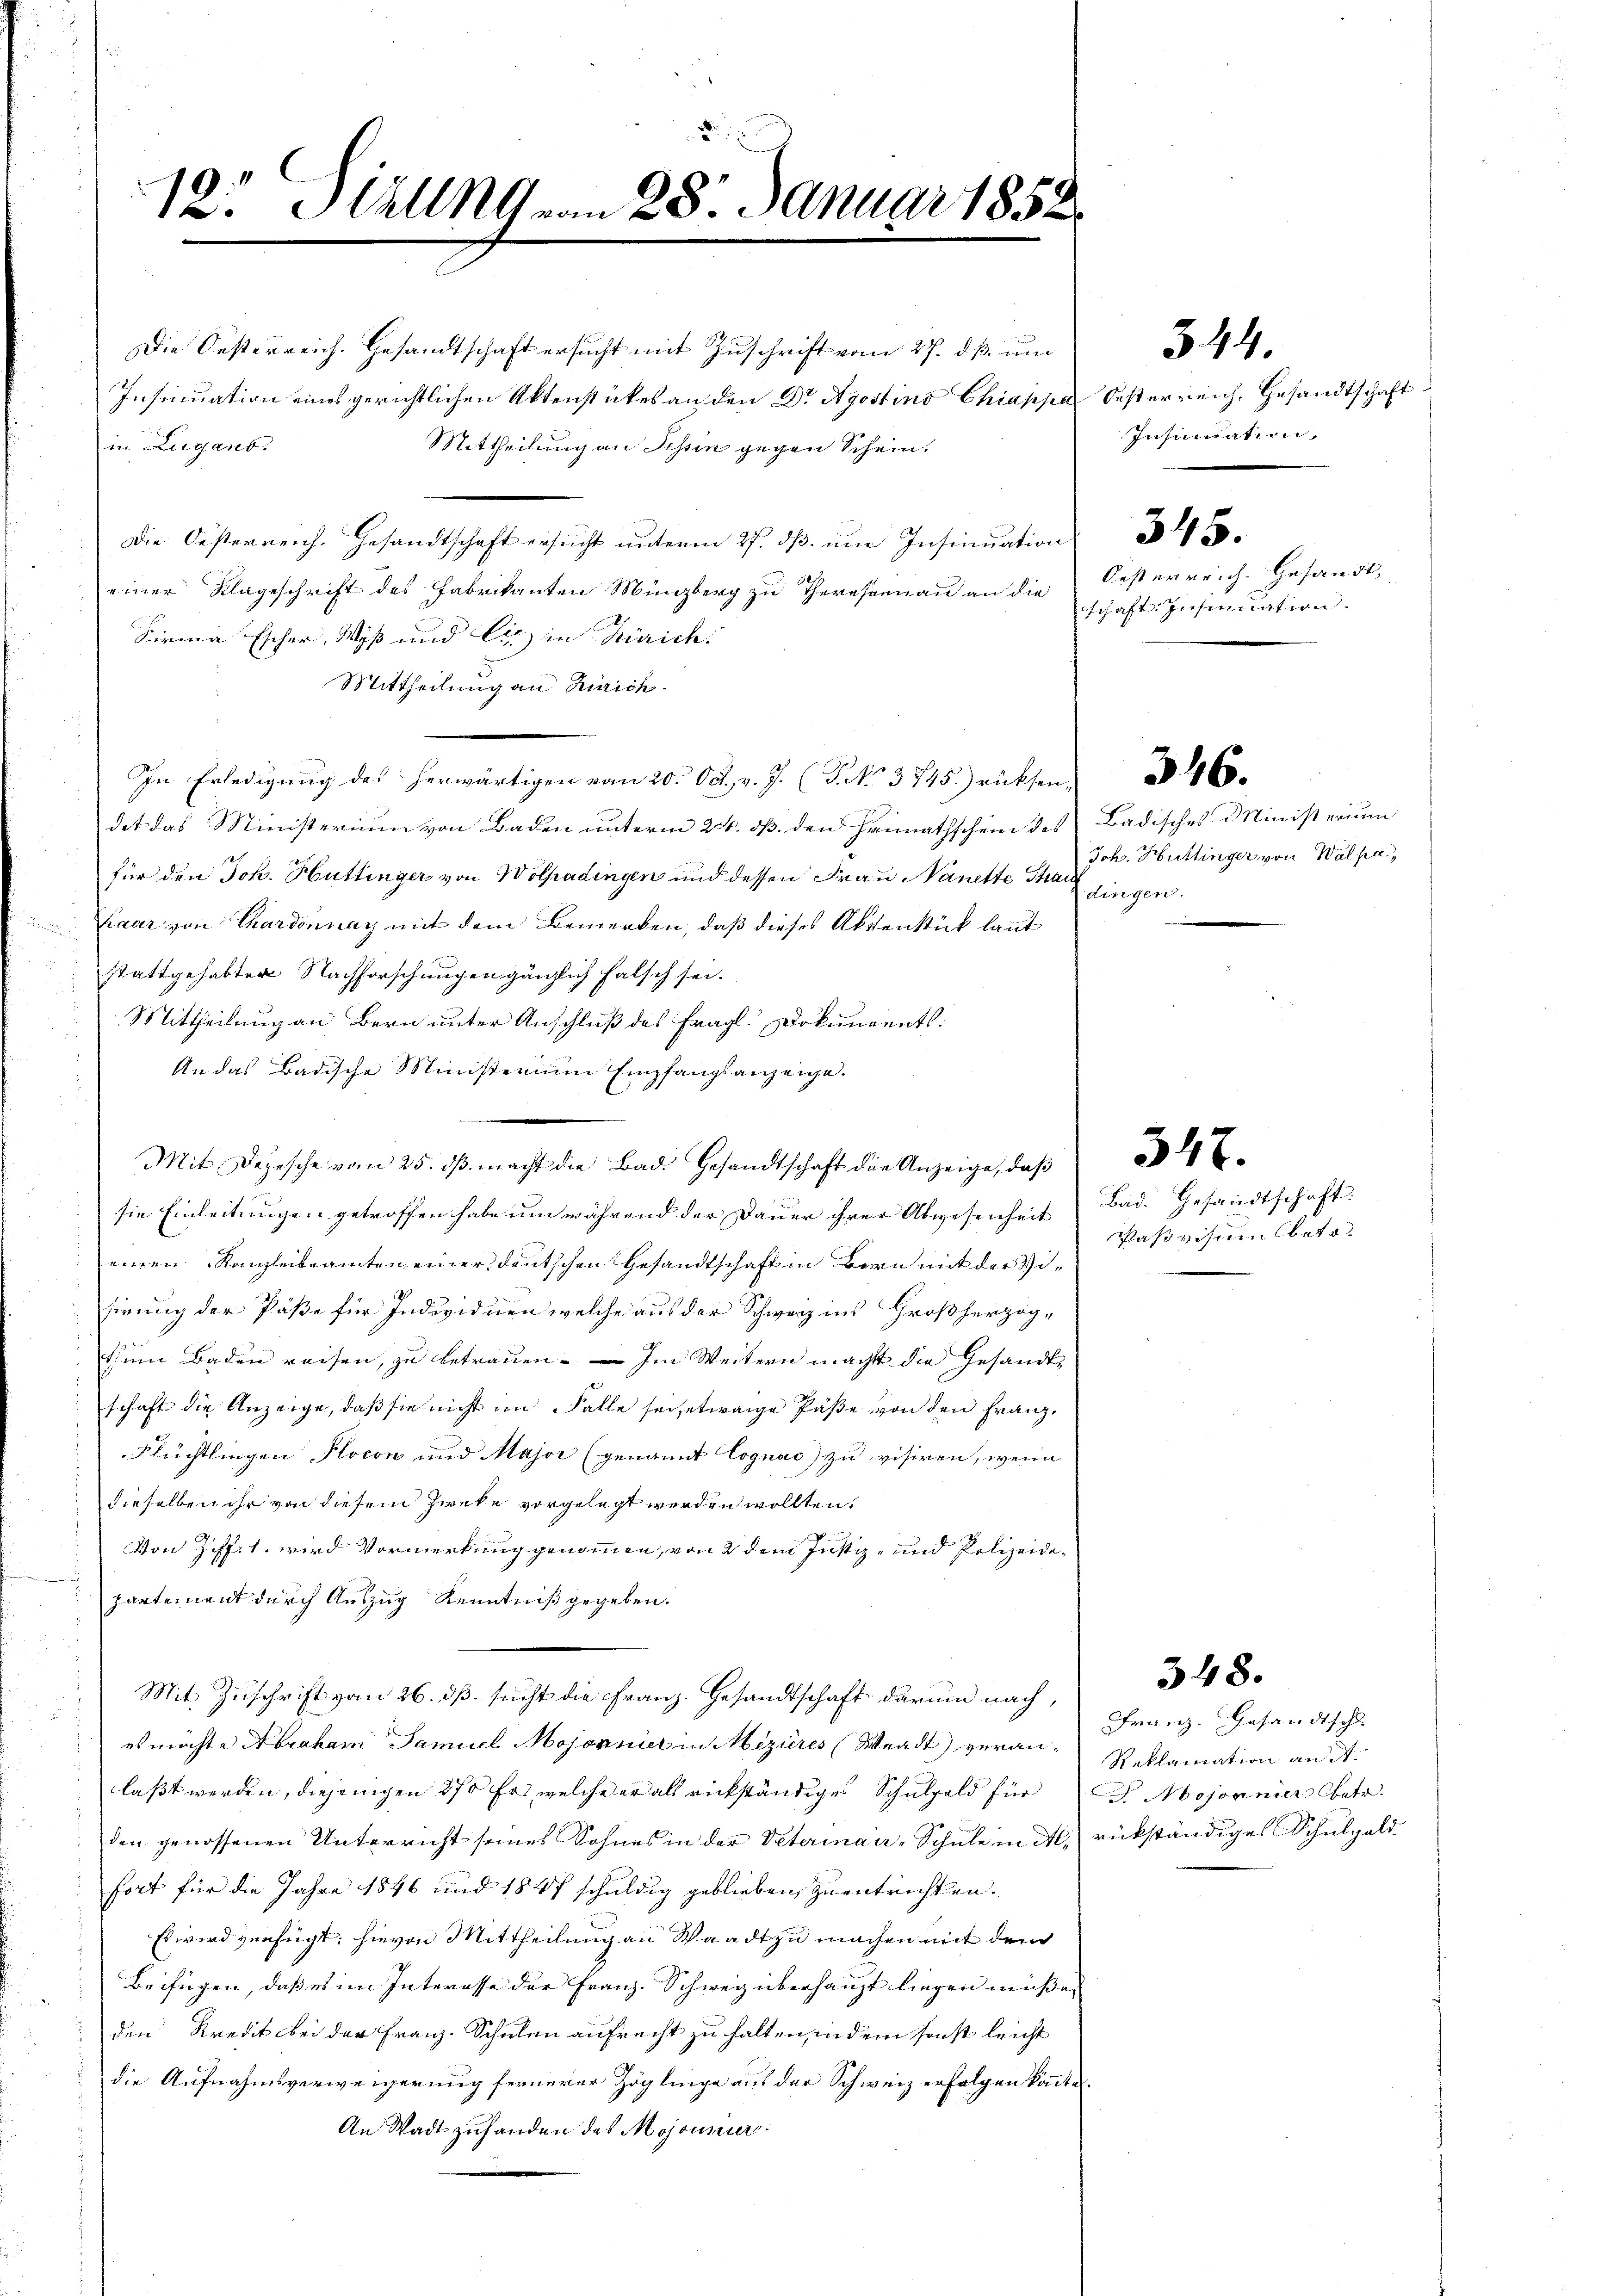
12. AllRG von 28. Januar 1858.

Insinuation eines gerichtlichen Aktenstückes an den Dr Apostins Chiappa Oesterreich, Gesandtschaft
Mittheilung an Tessin gegen Schein.
Die Oesterreich. Gesandtschaft ersŭcht ŭnterm 27. dβ ŭm Insinuation d
einer Klageschrift des Fabrikanten Münzberg zu Theressenau an die
Firma Escher, Wyß und Cie in Zürich:
Mittheilung an Zürich.
In Erledigung des herwärtigen vom 20. Oct. v. J. (T. No 3745. rücksen
det das Ministerium von Baden unterm 24. dß den Heimathschein des Badisches Ministerium
für den Joh. Hüttinger von Wolhadingen und dessen Frau Nanette Thauhaar von Chardonnay mit dem Bemerken, daß dieses Aktenstück laut
stattgehabten Nachforschungen gänzlich falsch sei.
Mittheilung an Bern unter Anschluß des fragl. Dokuments.
An das Badische Ministerium Empfangsanzeige.
sie Einleitungen getroffen habe um während der Dauer ihrer Abwesenheit
einen Kanzleibeamten einer deutschen Gesandtschaft in Bern mit der Visirung der Paße für Individuen welche aus der Schweiz ins Großherzog-
tum Baden reisen, zu betrauen. — Im Weitern macht die Gesandtschaft die Anzeige, daß sie nicht im Falle sei etwaige Päße von den Franz¬
Flüchtlingen Plocon und Major (genannt Cognać) zu visiren, wenn
dieselben ihr von diesem Zwecke vorgelegt werden wollten.
Von Ziff. 1. wird Vormerkung genommen, von 2 dem Justiz- und Polizeidepartement durch Auszug Kenntniß gegeben.
Mit Zuschrift von 26. dß. sucht die Franz. Gesandtschaft darum nach,
es möchte Abraham Samuel Mojonnier in Mezieres (Waadt) veranlaßt werden, diejenigen 270 fr., welche er als rückständiges Schulgeld für
den genossenen Unterricht seines Sohnes in der Veterinair-Schule in A. rückständiges Schulgeld
fort für die Jahre 1846 und 1847 schuldig geblieben, zu entrichten.
Es wird verfügt: hievon Mittheilung an Waadt zu machen mit dem
Beifügen, daß es im Interesse der Franz-Schweiz überhaupt liegen müße,
den Kredit bei der Franz-Schulen aufrecht zu halten, indem sonst leicht
die Aufnahmsverweigerung fernerer Zöglinge aus der Schweiz erfolgen könnte.
An Wadt zuhanden des Mojonnier

Die Oesterreich. Gesandtschaft ersucht mit Zuschrift vom 27. dß. um
in Zugano.

Mit Depesche vom 25. ds. macht die Bad Gesandtschaft die Anzeige, daß

Insinuation,
Oesterreich. Gesandt,
schaft Insinuation.

517.

544.

Bad. Gesandtschaft.
Paßvisuum betr

348.

Johs. Hüttinger von Wälpa,
dingen.

Franz. Gesandtschl
Reklamation an d
Mojonnier betr.